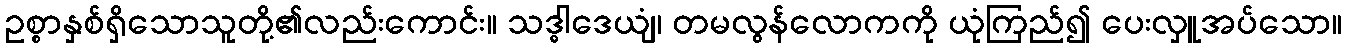
ဥစ္စာနှစ်ရှိသောသူတို့၏လည်းကောင်း။ သဒ္ဓါဒေယျံ၊ တမလွန်လောကကို ယုံကြည်၍ ပေးလှူအပ်သော။